Indian journal of veterinary science and animal husbandry - Volume 2,
Year: 1932
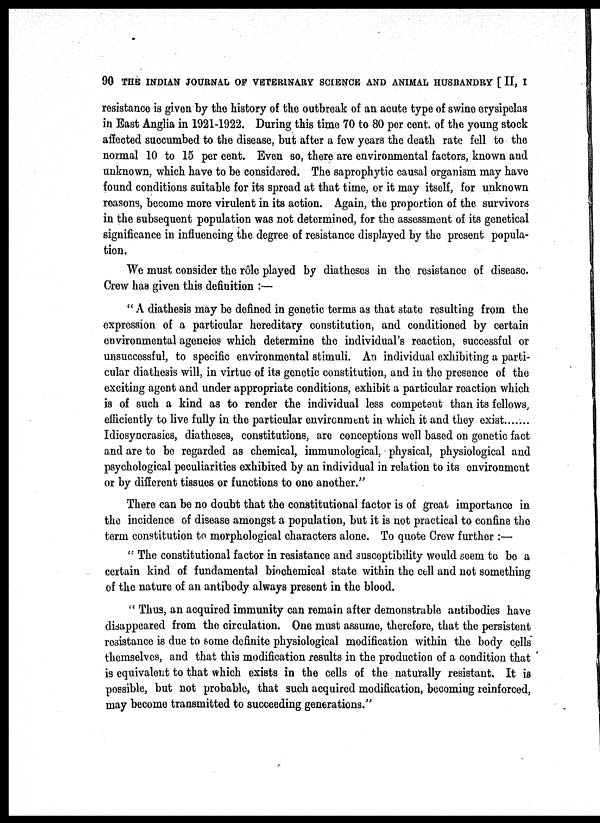
90 THE INDIAN JOURNAL OF VETERINARY SCIENCE AND ANIMAL HUSBANDRY [ II, I
resistance is given by the history of the outbreak of an acute type of swine erysipelas
in East Anglia in 1921-1922. During this time 70 to 80 per cent. of the young stock
affected succumbed to the disease, but after a few years the death rate fell to the
normal 10 to 15 per cent. Even so, there are environmental factors, known and
unknown, which have to be considered. The saprophytic causal organism may have
found conditions suitable for its spread at that time, or it may itself, for unknown
reasons, become more virulent in its action. Again, the proportion of the survivors
in the subsequent population was not determined, for the assessment of its genetical
significance in influencing the degree of resistance displayed by the present popula-
tion.
We must consider the rôle played by diatheses in the resistance of disease.
Crew has given this definition :—
" A diathesis may be defined in genetic terms as that state resulting from the
expression of a particular hereditary constitution, and conditioned by certain
environmental agencies which determine the individual's reaction, successful or
unsuccessful, to specific environmental stimuli. An individual exhibiting a parti-
cular diathesis will, in virtue of its genetic constitution, and in the presence of the
exciting agent and under appropriate conditions, exhibit a particular reaction which
is of such a kind as to render the individual less competent than its fellows,
efficiently to live fully in the particular environment in which it and they exist
Idiosyncrasies, diatheses, constitutions, are conceptions well based on genetic fact
and are to be regarded as chemical, immunological, physical, physiological and
psychological peculiarities exhibited by an individual in relation to its environment
or by different tissues or functions to one another."
There can be no doubt that the constitutional factor is of great importance in
the incidence of disease amongst a population, but it is not practical to confine the
term constitution to morphological characters alone. To quote Crew further :—
" The constitutional factor in resistance and susceptibility would seem to be a
certain kind of fundamental biochemical state within the cell and not something
of the nature of an antibody always present in the blood.
" Thus, an acquired immunity can remain after demonstrable antibodies have
disappeared from the circulation. One must assume, therefore, that the persistent
resistance is due to some definite physiological modification within the body cells
themselves, and that this modification results in the production of a condition that
is equivalent to that which exists in the cells of the naturally resistant. It is
possible, but not probable, that such acquired modification, becoming reinforced,
may become transmitted to succeeding generations."